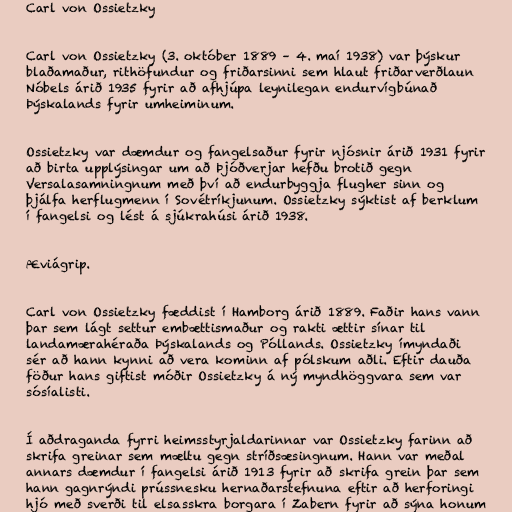
Carl von Ossietzky

Carl von Ossietzky (3. október 1889 – 4. maí 1938) var þýskur
blaðamaður, rithöfundur og friðarsinni sem hlaut friðarverðlaun
Nóbels árið 1935 fyrir að afhjúpa leynilegan endurvígbúnað
Þýskalands fyrir umheiminum.

Ossietzky var dæmdur og fangelsaður fyrir njósnir árið 1931 fyrir
að birta upplýsingar um að Þjóðverjar hefðu brotið gegn
Versalasamningnum með því að endurbyggja flugher sinn og
þjálfa herflugmenn í Sovétríkjunum. Ossietzky sýktist af berklum
í fangelsi og lést á sjúkrahúsi árið 1938.

Æviágrip.

Carl von Ossietzky fæddist í Hamborg árið 1889. Faðir hans vann
þar sem lágt settur embættismaður og rakti ættir sínar til
landamærahéraða Þýskalands og Póllands. Ossietzky ímyndaði
sér að hann kynni að vera kominn af pólskum aðli. Eftir dauða
föður hans giftist móðir Ossietzky á ný myndhöggvara sem var
sósíalisti.

Í aðdraganda fyrri heimsstyrjaldarinnar var Ossietzky farinn að
skrifa greinar sem mæltu gegn stríðsæsingnum. Hann var meðal
annars dæmdur í fangelsi árið 1913 fyrir að skrifa grein þar sem
hann gagnrýndi prússnesku hernaðarstefnuna eftir að herforingi
hjó með sverði til elsasskra borgara í Zabern fyrir að sýna honum